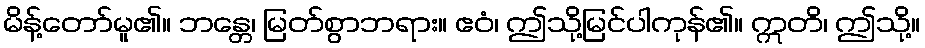
မိန့်တော်မူ၏။ ဘန္တေ၊ မြတ်စွာဘရား။ ဧဝံ၊ ဤသို့မြင်ပါကုန်၏။ ဣတိ၊ ဤသို့။